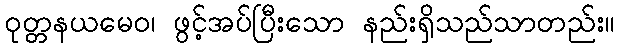
ဝုတ္တနယမေဝ၊ ဖွင့်အပ်ပြီးသော နည်းရှိသည်သာတည်း။